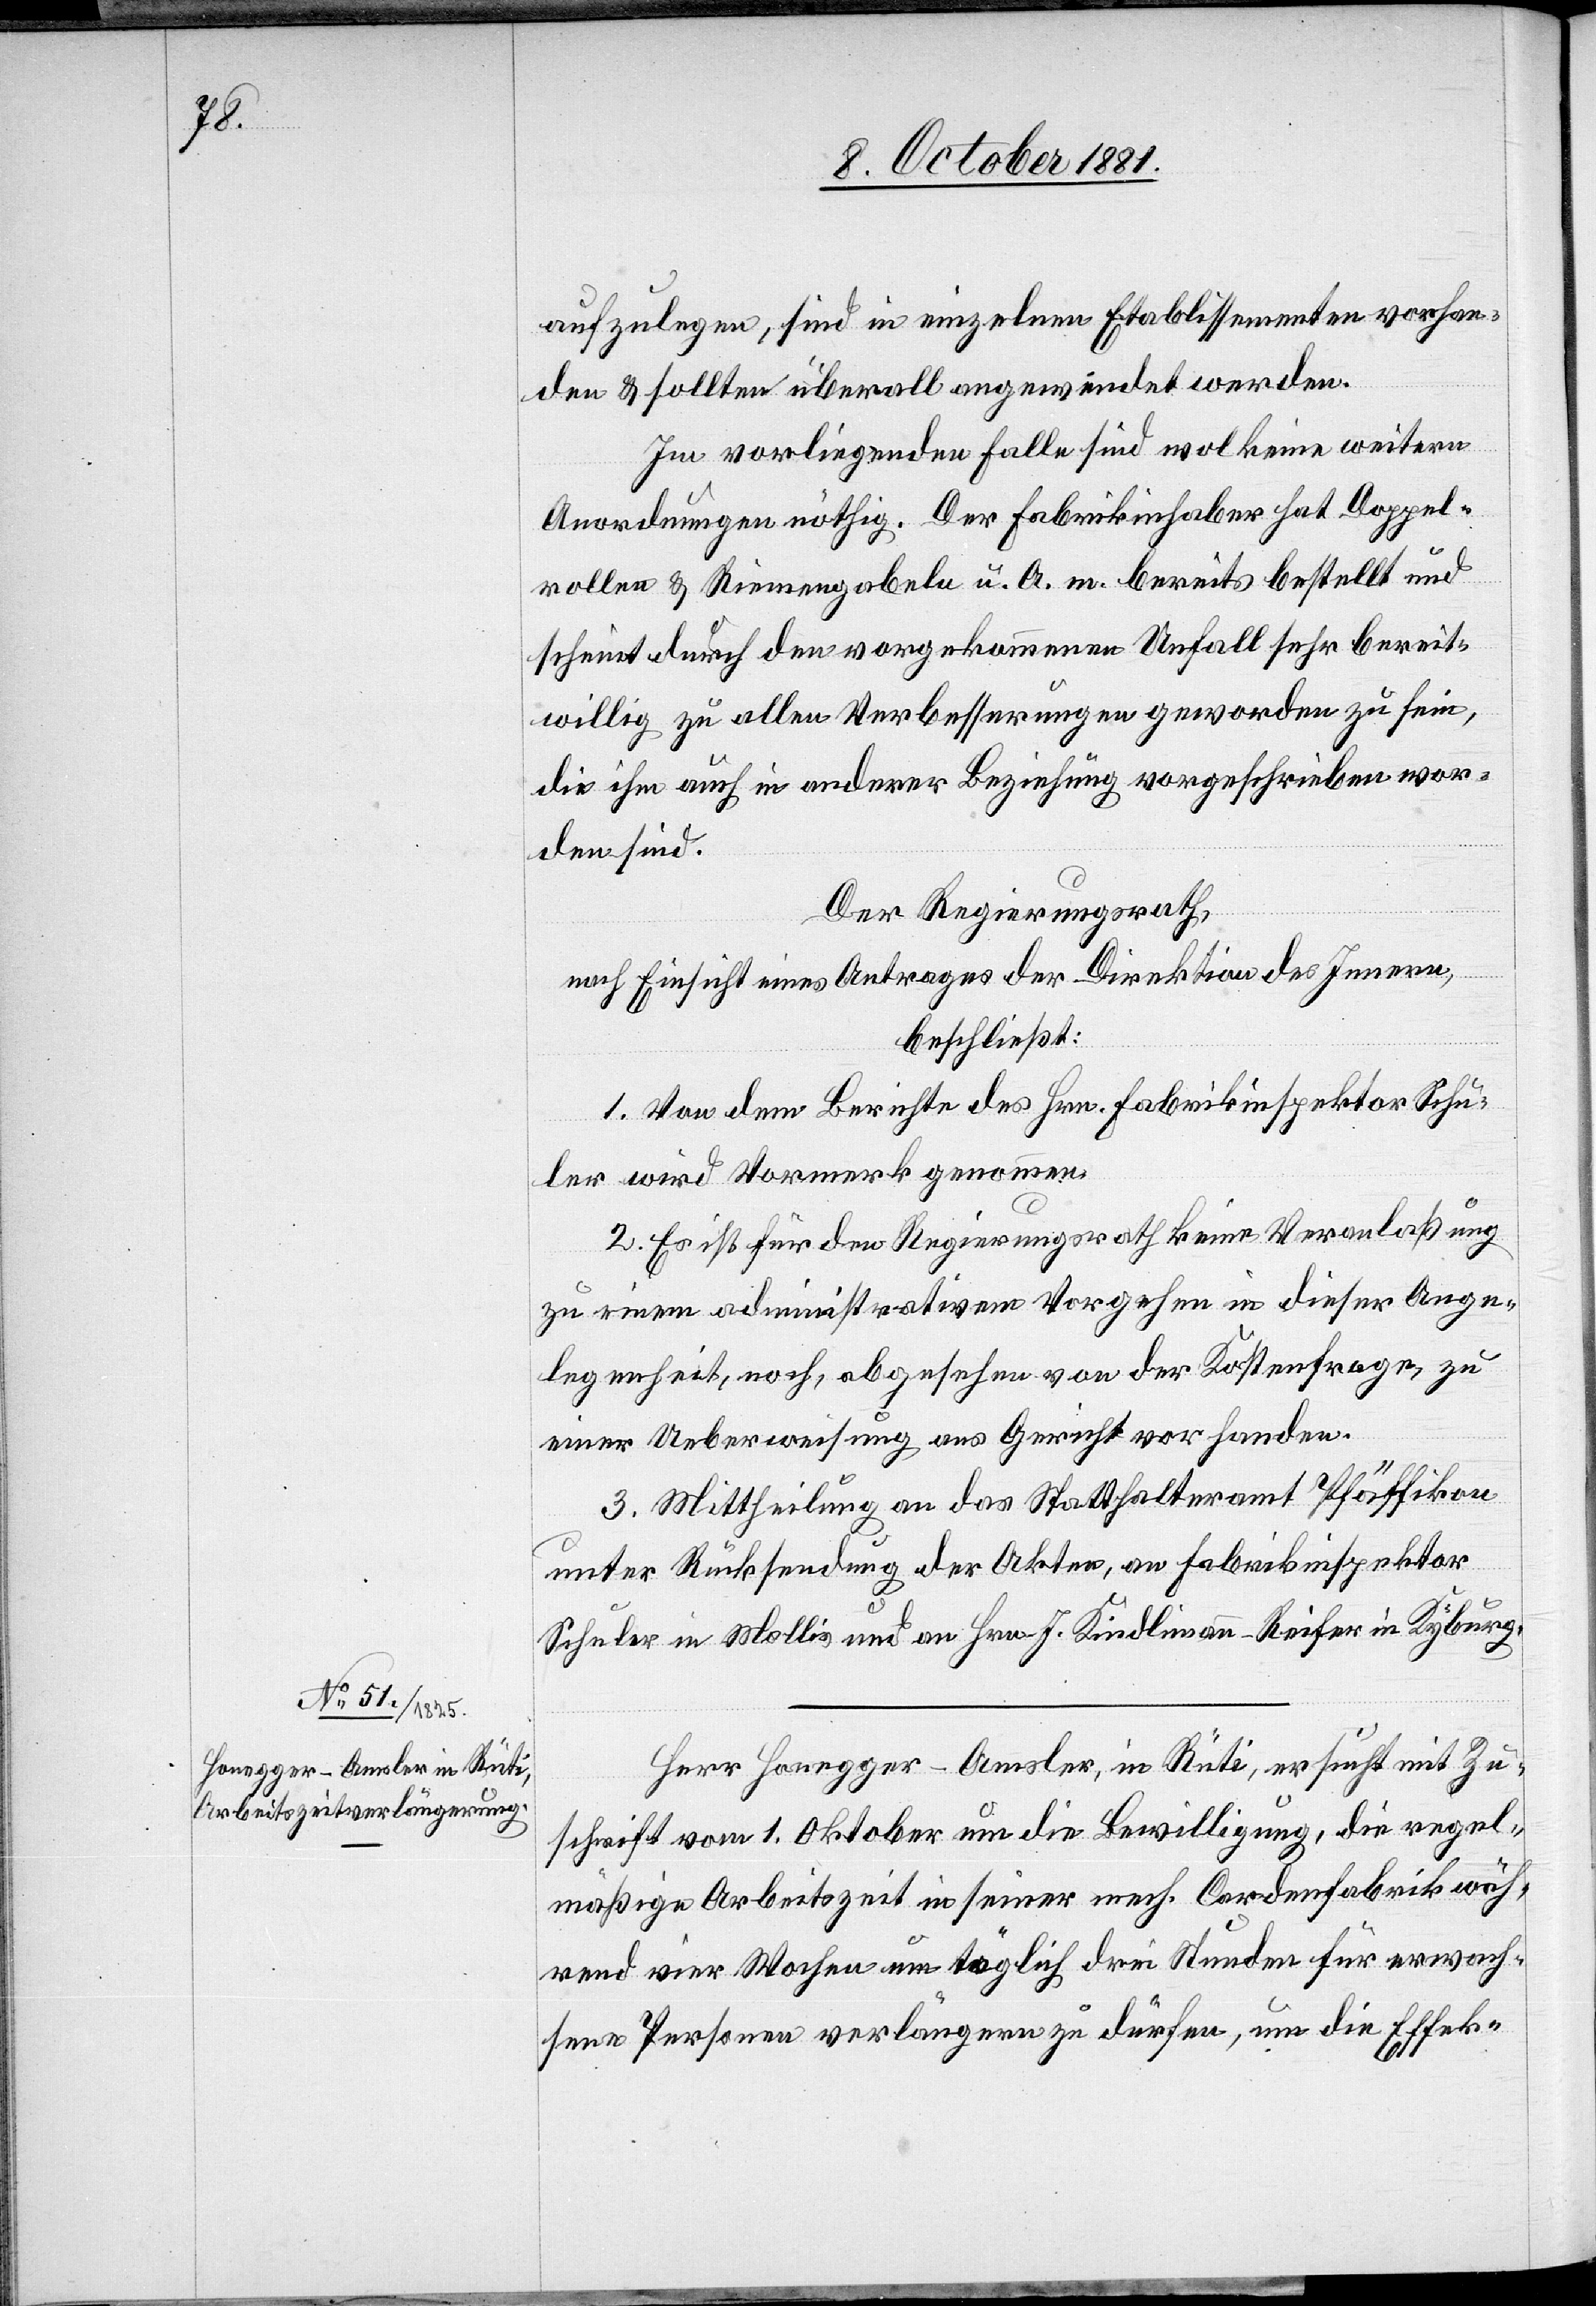
aufzulegen, sind in einzelnen Etablissementen vorhan¬
den & sollten überall angewendet werden.
Im vorliegenden Falle sind wol keine weitern
Anordnungen nöthig. Der Fabrikinhaber hat Doppel¬
rollen & Riemengabeln u. A. m. bereits bestellt und
scheint durch den vorgekommenen Unfall sehr bereit¬
willig zu allen Verbesserungen geworden zu sein,
die ihm auch in anderer Beziehung vorgeschrieben wor¬
den sind.
Der Regierungsrath,
nach Einsicht eines Antrages der Direktion des Innern,
beschließt:
1. Von dem Berichte des Hrn. Fabrikinspektor Schu¬
ler wird Vormerk genommen.
2. Es ist für den Regierungsrath keine Veranlaßung
zu einem administrativem [sic!] Vorgehen in dieser Ange¬
legenheit, noch, abgesehen von der Kostenfrage, zu
einer Ueberweisung ans Gericht vorhanden.
3. Mittheilung an das Statthalteramt Pfäffikon
unter Rücksendung der Akten, an Fabrikinspektor
Schuler in Mollis und an Hrn. J. Kindlimann-Reifer in Kyburg.
Herr Honegger-Amsler, in Rüti, ersucht mit Zu¬
schrift vom 1. Oktober um die Bewilligung, die regel¬
mäßige Arbeitszeit in seiner mech. Cardenfabrik wäh¬
rend vier Wochen um täglich drei Stunden für erwach¬
sene Personen verlängern zu dürfen, um die Effek-